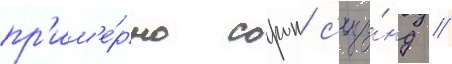
пр'им'е́рно сорок с'еку́нд //